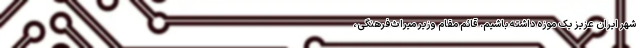
شهر ایران عزیز یک موزه داشته باشیم. قائم مقام وزیر میراث‌فرهنگی،